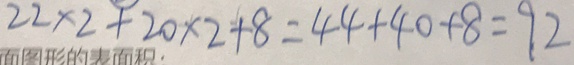
2 2 \times 2 + 2 0 \times 2 + 8 = 4 4 + 4 0 + 8 = 9 2